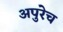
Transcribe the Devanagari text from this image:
अपुरेच